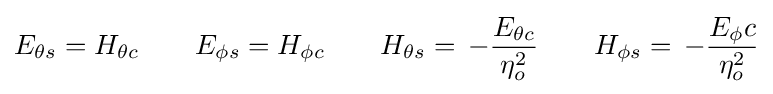
E_{\theta s}=H_{\theta c}\qquad E_{\phi s}=H_{\phi c}\qquad H_{\theta s}=\,-{\frac {E_{\theta c}}{\eta _{o}^{2}}}\qquad H_{\phi s}=\,-{\frac {E_{\phi }c}{\eta _{o}^{2}}}